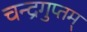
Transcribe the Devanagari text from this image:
चन्द्रगुप्तम्